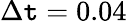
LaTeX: \Delta\mathtt{t}=0.04